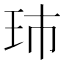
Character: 㺻